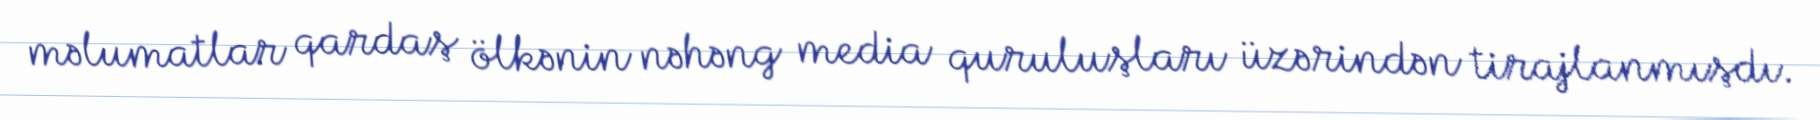
məlumatlar qardaş ölkənin nəhəng media quruluşları üzərindən tirajlanmışdı.